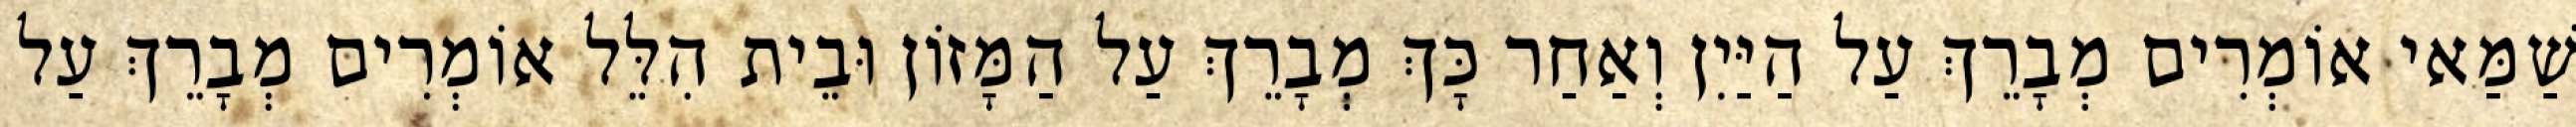
שַׁמַּאי אוֹמְרִים מְבָרֵךְ עַל הַיַּיִן וְאַחַר כָּךְ מְבָרֵךְ עַל הַמָּזוֹן וּבֵית הִלֵּל אוֹמְרִים מְבָרֵךְ עַל